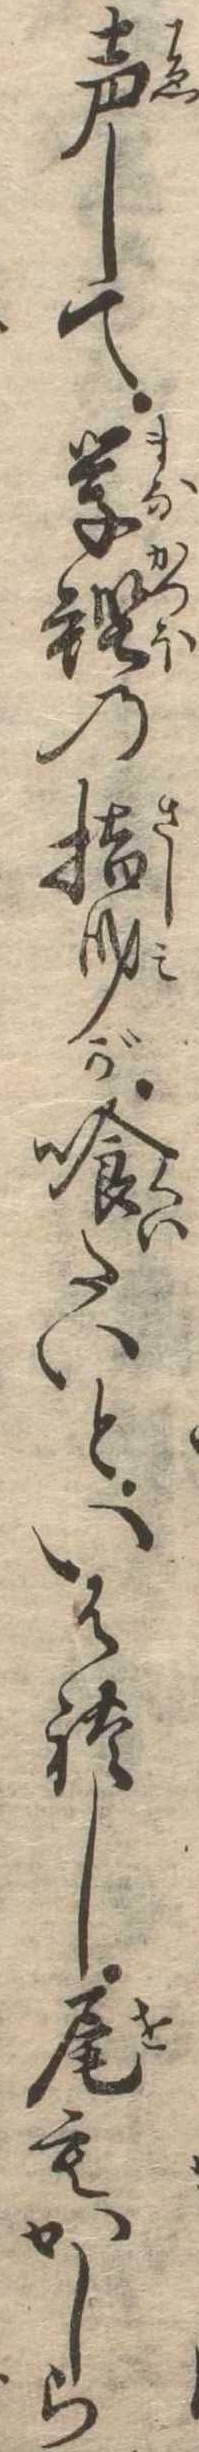
声して学鰹の指身が喰たいといはれし尾もかしら